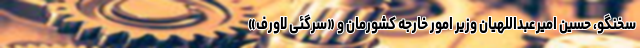
سخنگو، حسین امیرعبداللهیان وزیر امور خارجه کشورمان و «سرگئی لاورف»